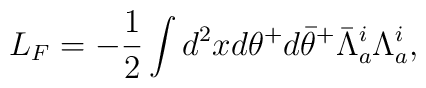
L_F=-\frac{1}{2} \int d^2 x d \theta^+ d {\bar \theta}^+{\bar \Lambda}_a^i \Lambda_a^i,